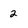
Character: 2